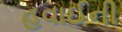
હવાઈની